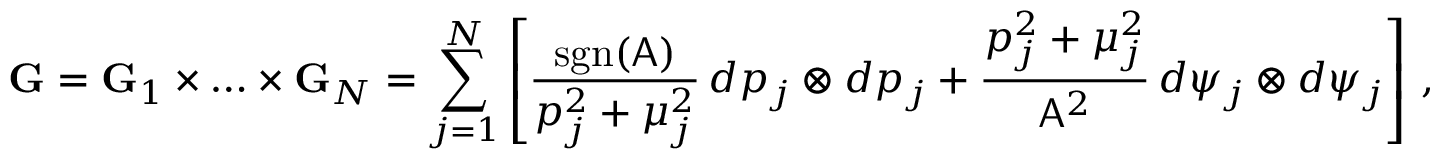
\mathbf { G } = \mathbf { G } _ { 1 } \times \hdots \times \mathbf { G } _ { N } = \sum _ { j = 1 } ^ { N } \left[ \frac { \mathrm { s g n } ( \mathsf { A } ) } { p _ { j } ^ { 2 } + \mu _ { j } ^ { 2 } } \, d p _ { j } \otimes d p _ { j } + \frac { p _ { j } ^ { 2 } + \mu _ { j } ^ { 2 } } { \mathsf { A } ^ { 2 } } \, d \psi _ { j } \otimes d \psi _ { j } \right] \, ,